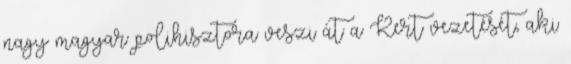
nagy magyar polihisztora veszi át a Kert vezetését, aki